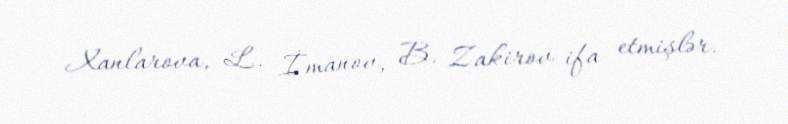
Xanlarova, L. İmanov, B. Zakirov ifa etmişlər.